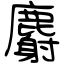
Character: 麝